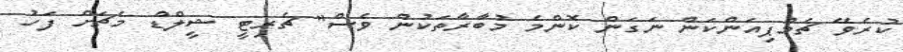
ކުރެވޭ ޗެމްޕިއަންކަން ނަގަން ކޮންމެ މުބާރާތަކުން ވެސް" ޗެރިޓީ ޝީލްޑް މެޗަށް ފަހު